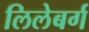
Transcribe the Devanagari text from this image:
लिलेबर्ग